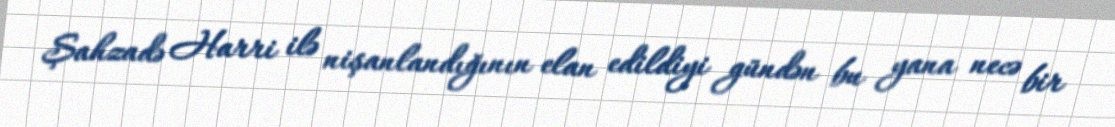
Şahzadə Harri ilə nişanlandığının elan edildiyi gündən bu yana necə bir